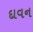
દાવન